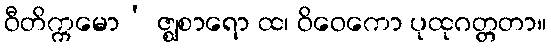
ဝီတိက္ကမော’ ဇ္ဈစာရော ထ၊ ဝိဝေကော ပုထုဂတ္တတာ။